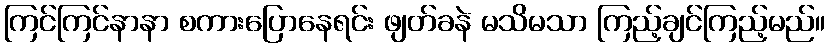
ကြင်ကြင်နာနာ စကားပြောနေရင်း ဖျတ်ခနဲ မသိမသာ ကြည့်ချင်ကြည့်မည်။